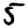
Digit: 5